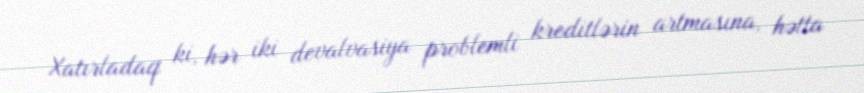
Xatırladaq ki, hər iki devalvasiya problemli kreditlərin artmasına, hətta